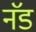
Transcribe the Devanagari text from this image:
नॅड